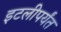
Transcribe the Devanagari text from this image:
इटलीपर्यंत